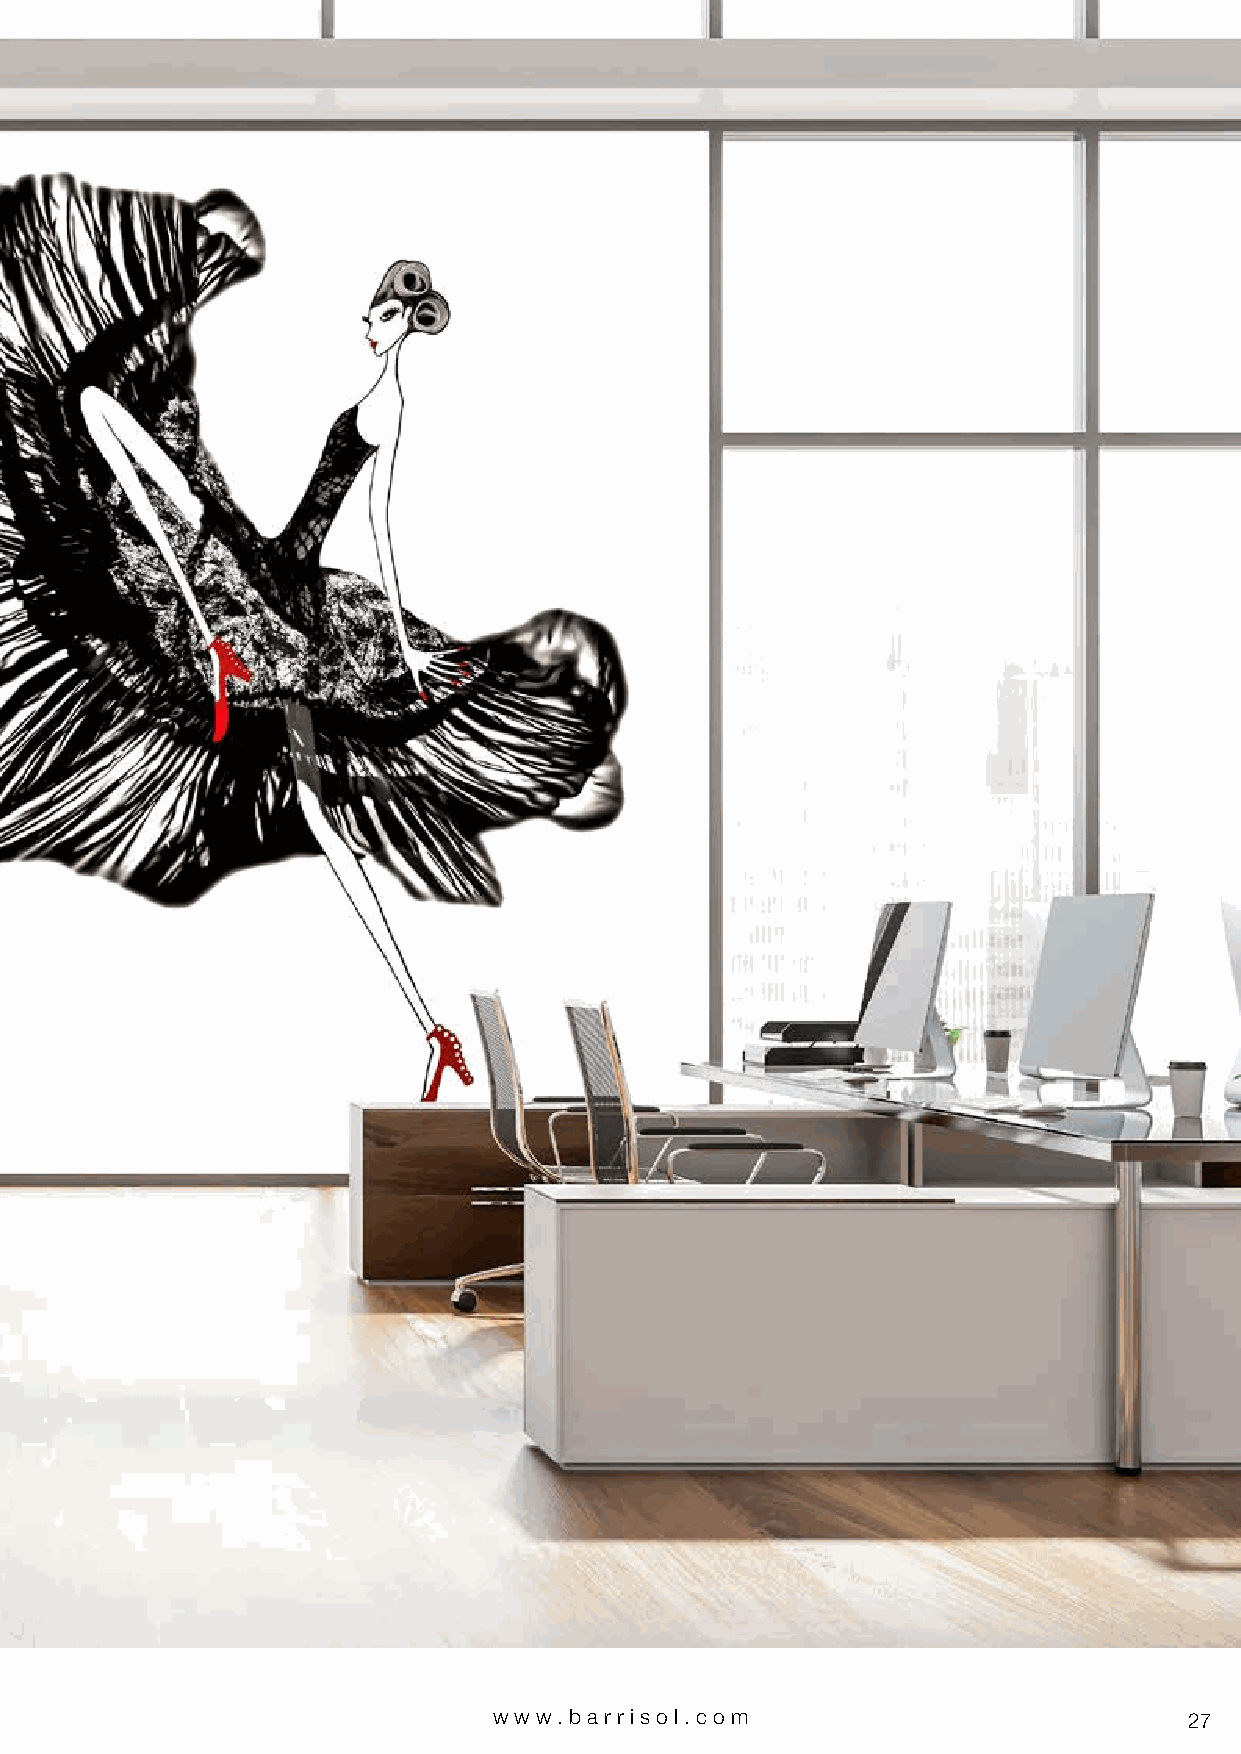
[imprimée sur un mur Artolis® acoustique - printed on an Artolis® acoustic wall - gedruckt auf einer akustischen Artolis® Wand]
 www.bar riso l. com                           27